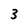
Character: 3